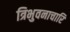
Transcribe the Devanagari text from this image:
त्रिभुवनाचारि